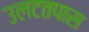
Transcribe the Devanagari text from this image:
उलटतपास